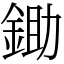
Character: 鋤